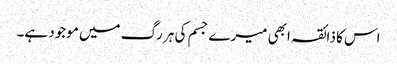
اس کا ذائقہ ابھی میرے جسم کی ہر رگ میں موجود ہے۔